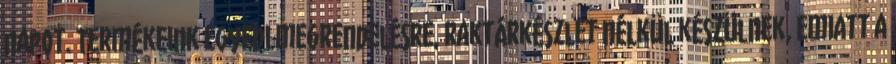
napot. Termékeink egyedi megrendelésre, raktárkészlet nélkül készülnek, emiatt a